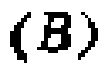
\((B)\)